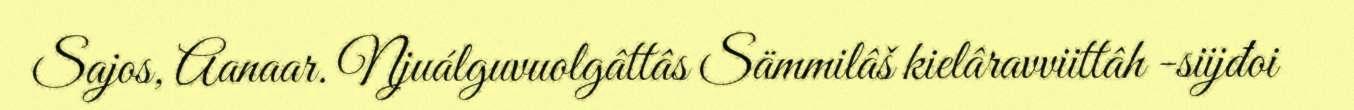
Sajos, Aanaar. Njuálguvuolgâttâs Sämmilâš kielâravviittâh -siijđoi